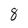
Character: 8